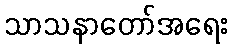
သာသနာတော်အရေး